Vaccination in Bombay 1889-1901 - 1889-1901
Year: 1889
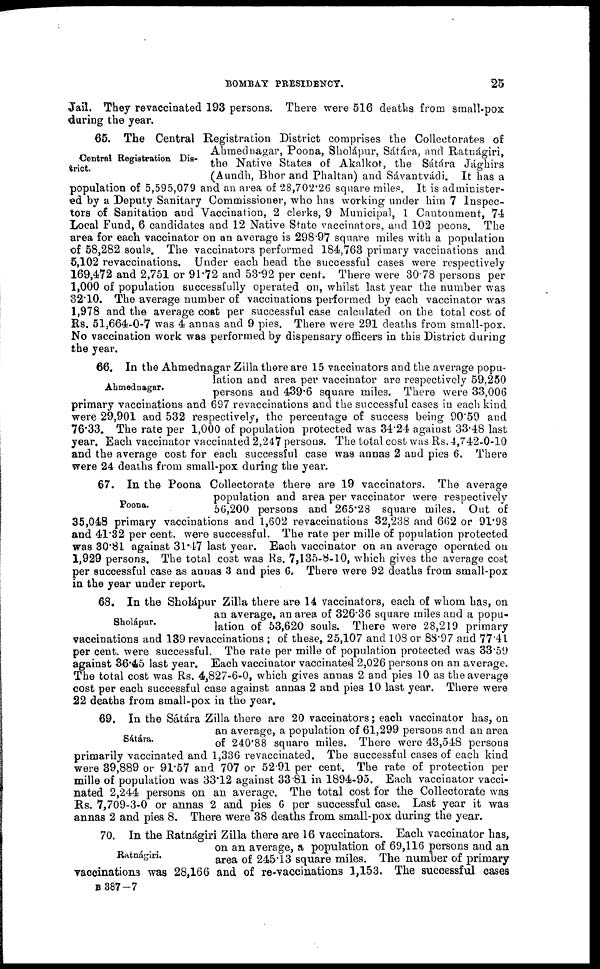
BOMBAY PRESIDENCY.
25
Jail. They revaccinated 193 persons. There were 516 deaths from small-pox
during the year.
Central Registration Dis¬
trict.
65. The Central Registration District comprises the Collectorates of
Ahmednagar, Poona, Sholápur, Sátára, and Ratnágiri,
the Native States of Akalkot, the Sátára Jághirs
(Aundh, Bhor and Phaltan) and Sávantvádi. It has a
population of 5,595,079 and an area of 28,702.26 square miles. It is administer-
ed by a Deputy Sanitary Commissioner, who has working under him 7 Inspec-
tors of Sanitation and Vaccination, 2 clerks, 9 Municipal, 1 Cantonment, 74
Local Fund, 6 candidates and 12 Native State vaccinators, and 102 peons. The
area for each vaccinator on an average is 298.97 square miles with a population
of 58,282 souls. The vaccinators performed 184,763 primary vaccinations and
5,102 revaccinations. Under each head the successful cases were respectively
169,472 and 2,751 or 91.72 and 53.92 per cent. There were 30.78 persons per
1,000 of population successfully operated on, whilst last year the number was
32.10. The average number of vaccinations performed by each vaccinator was
1,978 and the average cost per successful case calculated on the total cost of
Rs. 51,664-0-7 was 4 annas and 9 pies. There were 291 deaths from small-pox.
No vaccination work was performed by dispensary officers in this District during
the year.
Ahmednagar.
66. In the Ahmednagar Zilla there are 15 vaccinators and the average popu-
lation and area per vaccinator are respectively 59,250
persons and 439.6 square miles. There were 33,006
primary vaccinations and 697 revaccinations and the successful cases in each kind
were 29,901 and 532 respectively, the percentage of success being 90.59 and
76.33. The rate per 1,000 of population protected was 34.24 against 33.48 last
year. Each vaccinator vaccinated 2,247 persons. The total cost was Rs. 4,742-0-10
and the average cost for each successful case was annas 2 and pies 6. There
were 24 deaths from small-pox during the year.
Poona.
67. In the Poona Collectorate there are 19 vaccinators. The average
population and area per vaccinator were respectively
56,200 persons and 265.28 square miles. Out of
35,048 primary vaccinations and 1,602 revaccinations 32,238 and 662 or 91.98
and 41.32 per cent. were successful. The rate per mille of population protected
was 30.81 against 31.47 last year. Each vaccinator on an average operated on
1,929 persons. The total cost was Rs. 7,135-8-10, which gives the average cost
per successful case as anuas 3 and pies 6. There were 92 deaths from small-pox
in the year under report.
Sholápur.
68. In the Sholápur Zilla there are 14 vaccinators, each of whom has, on
an average, an area of 326.36 square miles and a popu-
lation of 53,620 souls. There were 28,219 primary
vaccinations and 139 revaccinations ; of these, 25,107 and 108 or 88.97 and 77.41
per cent. were successful. The rate per mille of population protected was 33.59
against 36.45 last year. Each vaccinator vaccinated 2,026 persons on an average.
The total cost was Rs. 4,827-6-0, which gives annas 2 and pies 10 as the average
cost per each successful case against annas 2 and pies 10 last year. There were
22 deaths from small-pox in the year.
Sátára.
69. In the Sátára Zilla there are 20 vaccinators; each vaccinator has, on
an average, a population of 61,299 persons and an area
of 240.88 square miles. There were 43,548 persons
primarily vaccinated and 1,336 revaccinated. The successful cases of each kind
were 39,889 or 91.57 and 707 or 52.91 per cent. The rate of protection per
mille of population was 33.12 against 33.81 in 1894-95. Each vaccinator vacci-
nated 2,244 persons on an average. The total cost for the Collectorate was
Rs. 7,709-3-0 or annas 2 and pies 6 per successful case. Last year it was
annas 2 and pies 8. There were 38 deaths from small-pox during the year.
Ratnágiri.
70. In the Ratnágiri Zilla there are 16 vaccinators. Each vaccinator has,
on an average, a population of 69,116 persons and an
area of 245.13 square miles. The number of primary
vaccinations was 28,166 and of re-vaccinations 1,153. The successful cases
B 387—7